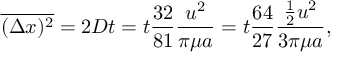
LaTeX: { \overline { { ( \Delta x ) ^ { 2 } } } } = 2 D t = t { \frac { 3 2 } { 8 1 } } { \frac { u ^ { 2 } } { \pi \mu a } } = t { \frac { 6 4 } { 2 7 } } { \frac { { \frac { 1 } { 2 } } u ^ { 2 } } { 3 \pi \mu a } } ,